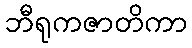
ဘီရုကဇာတိကာ